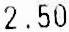
2.50